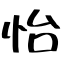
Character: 怡